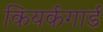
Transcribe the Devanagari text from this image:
कियर्कगार्ड